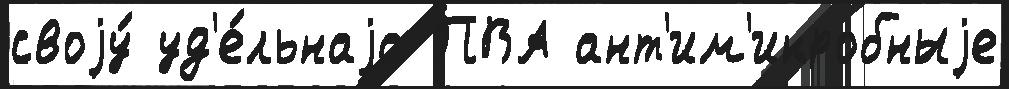
своjу́ уд'е́льнаjа ПВА ант'им'икробныjе